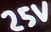
Text: 25V